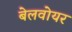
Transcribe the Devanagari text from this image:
बेलवोयर